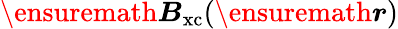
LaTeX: \ensuremath{\boldsymbol{B}}_{\mathrm{xc}}(\ensuremath{\boldsymbol{r}})